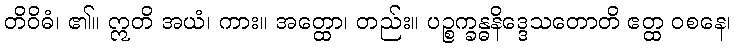
တိဝိဓံ၊ ၏။ ဣတိ အယံ၊ ကား။ အတ္ထော၊ တည်း။ ပဉ္စက္ခန္ဓနိဒ္ဒေသတောတိ ဧတ္ထ ဝစနေ၊